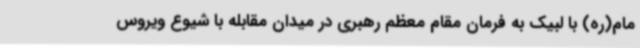
مام(ره) با لبیک به فرمان مقام معظم رهبری در میدان مقابله با شیوع ویروس